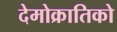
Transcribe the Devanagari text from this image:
देमोक्रातिको